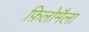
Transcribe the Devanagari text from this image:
फ़िलोमैला